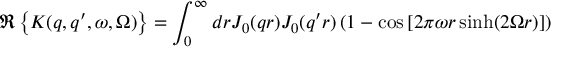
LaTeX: \Re \left\{ K ( q , q ^ { \prime } , \omega , \Omega ) \right\} = \int _ { 0 } ^ { \infty } d r J _ { 0 } ( q r ) J _ { 0 } ( q ^ { \prime } r ) \left( 1 - \cos \left[ 2 \pi \omega r \sinh ( 2 \Omega r ) \right] \right)